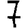
Digit: 7